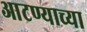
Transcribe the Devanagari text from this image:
आटण्याच्या